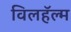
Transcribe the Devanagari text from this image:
विलहॅल्म